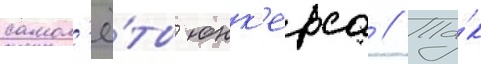
самол'ё́ты юнк'ерса // Та́к